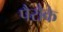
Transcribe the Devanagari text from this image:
पैरौके